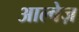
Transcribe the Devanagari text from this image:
आल्वेज़